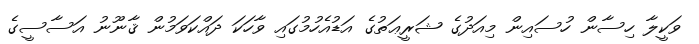
ވަކީލާ ހިސާން ހުސައިން މިއަދުގެ ޝަރީޢަތުގެ އަޑުއެހުމުގައި ވާހަކަ ދައްކަވަމުން ޤާނޫނު އަސާސީގެ